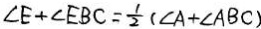
\angle E + \angle E B C = \frac { 1 } { 2 } ( \angle A + \angle A B C )